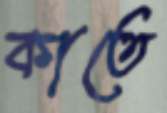
কাতে